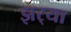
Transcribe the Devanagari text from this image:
झर्‍या